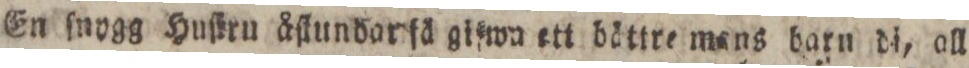
En ſnygg Huſtrn åſlundar få gifwn ett bättre mans barn di, all